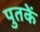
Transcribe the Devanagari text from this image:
पुतकें